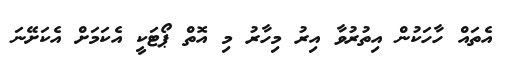
އެތައް ހާހަކުން އިތުރުވާ އިރު މިހާރު މި އޮތް ޕޯޓަކީ އެކަމަށް އެކަށޭނަ